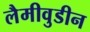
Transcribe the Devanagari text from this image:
लैमीवुडीन